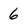
Character: 6